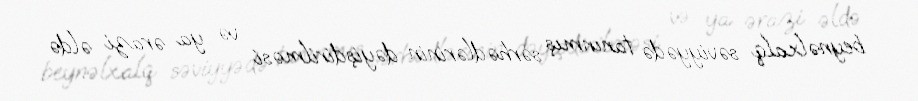
beynəlxalq səviyyədə tanınmış sərhədlərinin dəyişdirilməsi və ya ərazi əldə